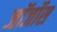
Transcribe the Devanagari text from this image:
जॉर्जोस